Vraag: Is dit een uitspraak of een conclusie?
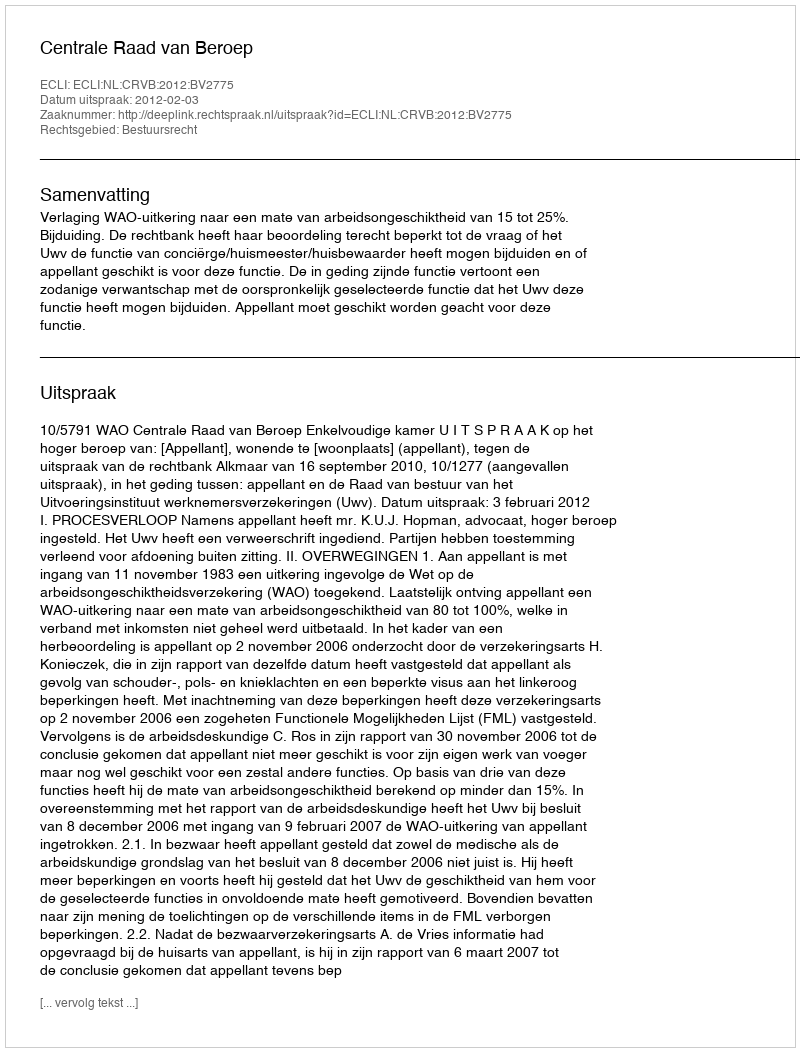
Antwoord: Uitspraak